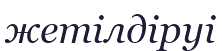
жетілдіруі